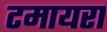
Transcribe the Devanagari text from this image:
टमायरा